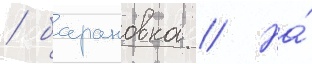
/ барановка // На́